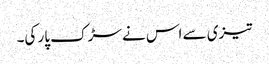
تیزی سے اس نے سڑک پار کی۔